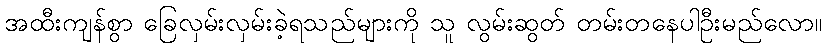
အထီးကျန်စွာ ခြေလှမ်းလှမ်းခဲ့ရသည်များကို သူ လွမ်းဆွတ် တမ်းတနေပါဦးမည်လော။